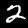
Label: 2